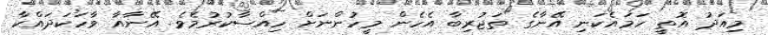
މިއަދު އޮތީ ހަމައެކަނި އޭނާގެ ތަޖުރިބާ އެހެން މީހުންނަށް ހިއްސާކުރުމެވެ. އޭނާއާ ވާހަކަދައްކާ